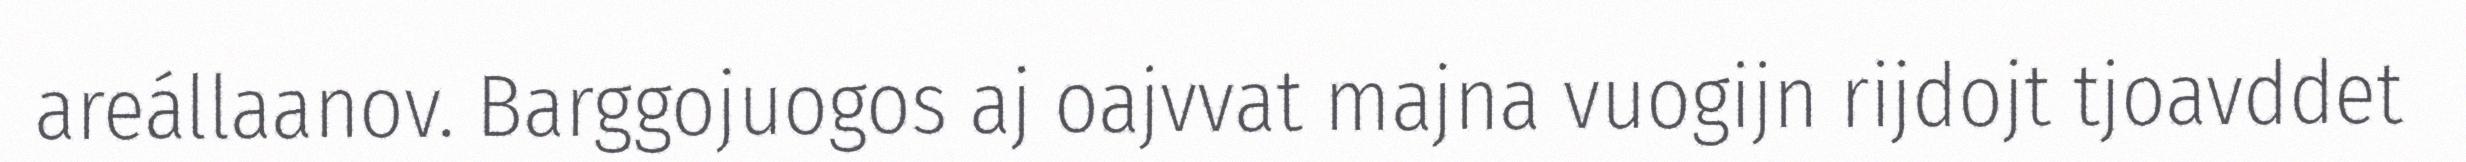
areállaanov. Barggojuogos aj oajvvat majna vuogijn rijdojt tjoavddet